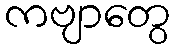
ကဗျာတွေ